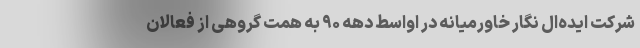
شرکت ایده‌ال نگار خاورمیانه در اواسط دهه ۹۰ به همت گروهی از فعالان